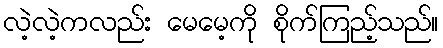
လဲ့လဲ့ကလည်း မေမေ့ကို စိုက်ကြည့်သည်။